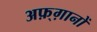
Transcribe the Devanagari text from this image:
अफ़्ग़ानों